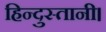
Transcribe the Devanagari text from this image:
हिन्दुस्तानी।